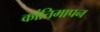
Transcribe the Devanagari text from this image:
कांतिमापन